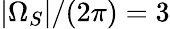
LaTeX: |\Omega_{S}|/(2\pi)=3